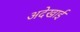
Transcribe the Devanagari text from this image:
अदेखाई